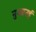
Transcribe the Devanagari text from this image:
नुआनई